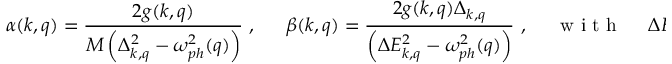
\alpha ( k , q ) = \frac { 2 g ( k , q ) } { M \left( \Delta _ { k , q } ^ { 2 } - \omega _ { p h } ^ { 2 } ( q ) \right) } \mathrm { ~ , ~ \quad ~ } \beta ( k , q ) = \frac { 2 g ( k , q ) \Delta _ { k , q } } { \left( \Delta E _ { k , q } ^ { 2 } - \omega _ { p h } ^ { 2 } ( q ) \right) } \mathrm { ~ , ~ \quad ~ w ~ i ~ t ~ h ~ \quad ~ } \Delta E _ { k , q } = \frac { \Delta E _ { k } + \Delta E _ { k + q } } { 2 } .